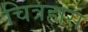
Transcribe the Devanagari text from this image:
चित्रहास